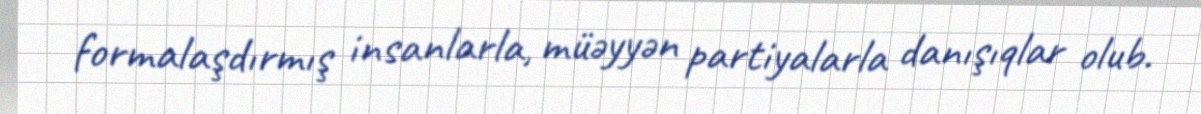
formalaşdırmış insanlarla, müəyyən partiyalarla danışıqlar olub.